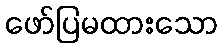
ဖော်ပြမထားသော